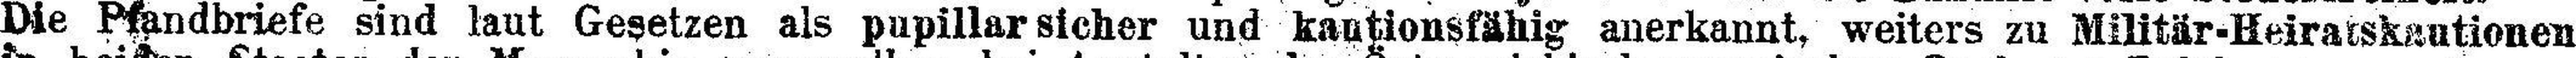
Die Pfandbriefe sind laut Gesetzen als pupillarsicher und kautionsfähig anerkannt, weiters zu Militär-Heiratskautionen